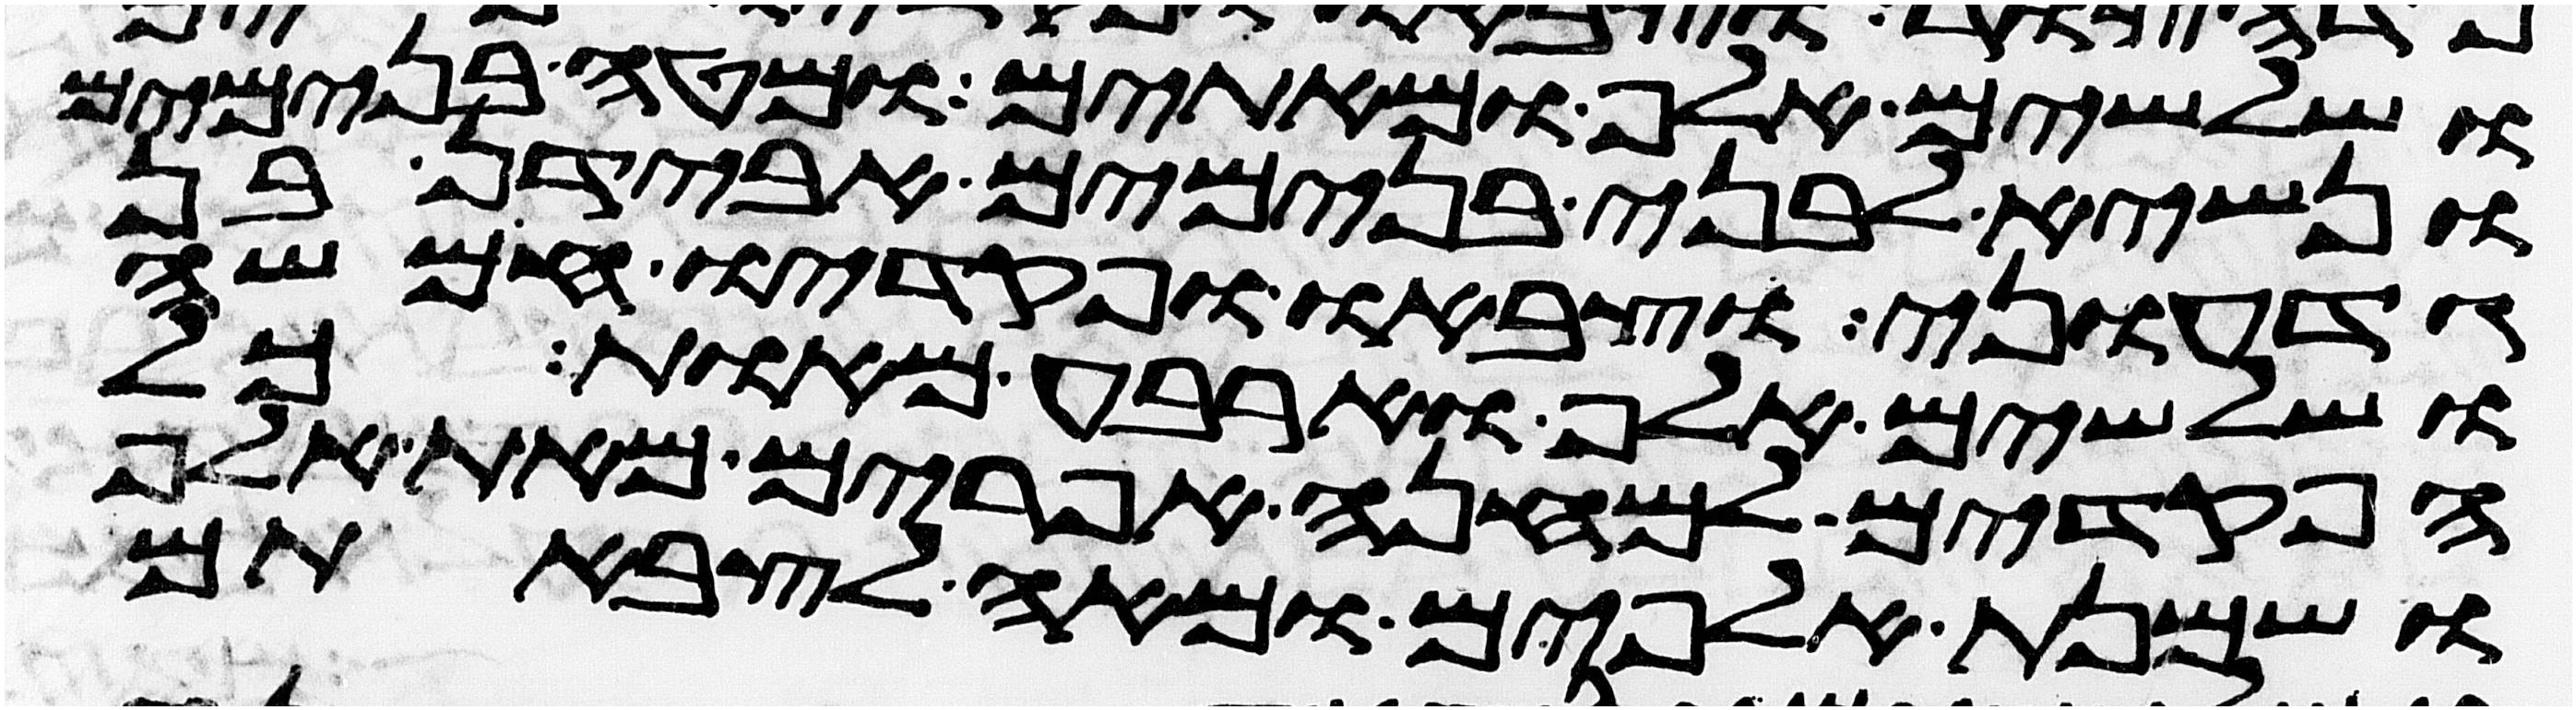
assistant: ושלשים אלף ומאתים ומטה בנימים
ונשיא לבני בנימים אבידן בן
גדעוני וצבאו ופקדיו חמשה
ושלשים אלף וארבע מאות כל
הפקדים למחנה אפרים מאת אלף
ושמנת אלפים ומאה לצבאתם